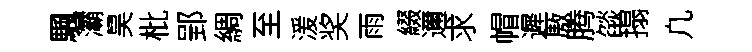
颿灞昊枇郢綢至湲奖雨綴邇求帽遲厫腾燄搨凢